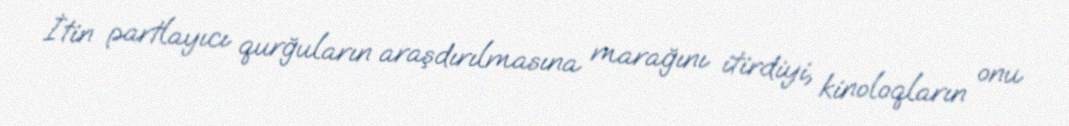
İtin partlayıcı qurğuların araşdırılmasına marağını itirdiyi, kinoloqların onu